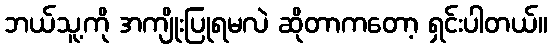
ဘယ်သူ့ကို အကျိုးပြုရမလဲ ဆိုတာကတော့ ရှင်းပါတယ်။